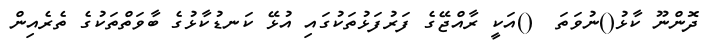
ދޮންނޫ ކާޅު()ނުވަތަ  ()އަކީ ރާއްޖޭގެ ފަރުފަޅުތަކުގައި އުޅޭ ކަނޑުކާޅުގެ ބާވަތްތަކުގެ ތެރެއިން